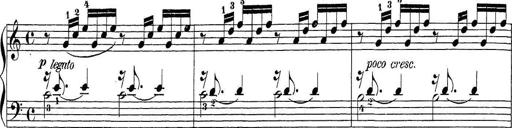
Title: Sonatina Album
Composer: Louis KÃ¶hler